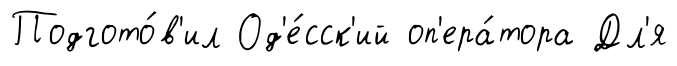
Подгото́в'ил Од'е́сск'ий оп'ера́тора Дл'я